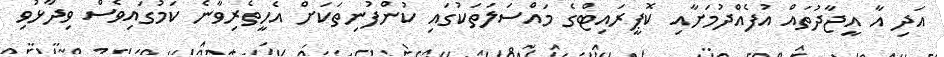
އަދި އާ އީޖާދުތައް އުފެއްދުމަށާއި ކޮޕީރައިޓްގެ މައްސަލަތަކުގައި ކުންފުނިތަކަށް އެހީތެރިވާނެ ކަމުގައިވެސް ވިދާޅުވި